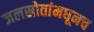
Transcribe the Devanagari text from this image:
जलस्रोतांमधूनच